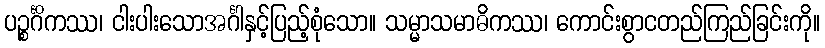
ပဉ္စင်္ဂိကဿ၊ ငါးပါးသောအင်္ဂါနှင့်ပြည့်စုံသော။ သမ္မာသမာဓိကဿ၊ ကောင်းစွာငတည်ကြည်ခြင်းကို။